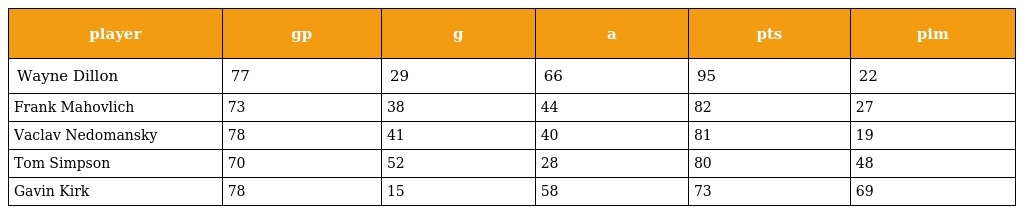
| player | gp | g | a | pts | pim |
 | --- | --- | --- | --- | --- | --- |
 | Wayne Dillon | 77 | 29 | 66 | 95 | 22 |
 | Frank Mahovlich | 73 | 38 | 44 | 82 | 27 |
 | Vaclav Nedomansky | 78 | 41 | 40 | 81 | 19 |
 | Tom Simpson | 70 | 52 | 28 | 80 | 48 |
 | Gavin Kirk | 78 | 15 | 58 | 73 | 69 |